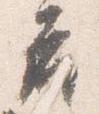
座